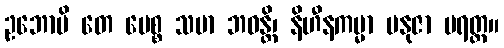
ဥဘောပိ တေ ပေစ္စ သမာ ဘဝန္တိ၊ နိဟီနကမ္မာ မနုဇာ ပရတ္ထ။